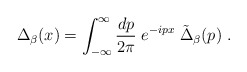
\begin{align*}\Delta_{\beta} (x) = \int_{-\infty}^\infty {dp \over 2\pi} \; e^{-ipx} \;\tilde{\Delta}_{\beta}(p)\; .\end{align*}